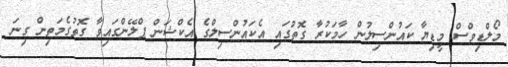
މޯލްޑިވްސް މީޑިޔާ ކައުންސިލުން ހާމަކުރާ ގޮތުގައި އެކައުންސިލްގެ އެކްޝަން ޕްލޭންގައިވާ ގޮތުގެމަތިން ގިނަ